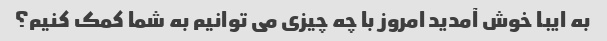
به ایبا خوش آمدید امروز با چه چیزی می توانیم به شما کمک کنیم؟